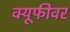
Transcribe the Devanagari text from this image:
क्यूफीवर